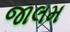
જાલમ